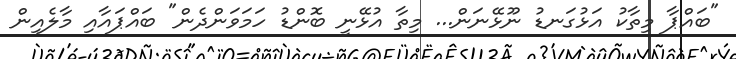
"ބައްޕާ މިތާކު އަޅުގަނޑު ނޫޅޭނަން... މިތާ އުޅޭނީ ބޮންޑު ހަމަވަންދެން" ބައްޕައާއި މާލެއިން